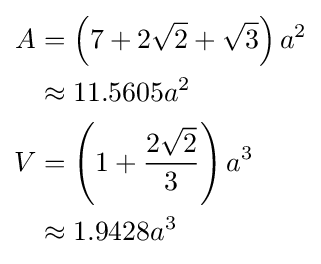
{\begin{aligned}A&=\left(7+2{\sqrt {2}}+{\sqrt {3}}\right)a^{2}\\&\approx 11.5605a^{2}\\V&=\left(1+{\frac {2{\sqrt {2}}}{3}}\right)a^{3}\\&\approx 1.9428a^{3}\end{aligned}}